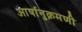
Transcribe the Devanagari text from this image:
आर्षानुक्रमणी